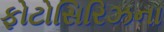
ફોટોસિરિઝના